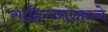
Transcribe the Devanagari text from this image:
साहित्यसंग्रहाचे